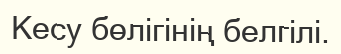
Кесу бөлігінің белгілі.